Indian journal of veterinary science and animal husbandry - Volume 11,
Year: 1941
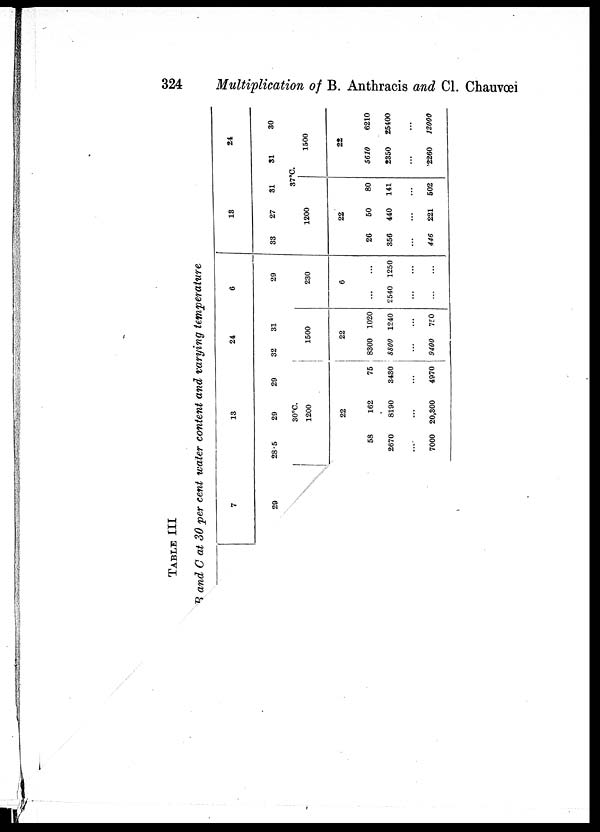
324
Multiplication of B. Anthracis and Cl. Chauvœi
TABLE III
B and C at 30 per cent water content and varying temperature
7
29
13
28.5
29
29
30°C.
1200
22
58
2670
...
7000
162
8190
...
20,300
75
3430
...
4970
24
32
31
1500
22
8300
8800
...
9400
1020
1240
...
750
6
29
230
6
...
2540
...
...
...
1250
...
...
13
33
27
31
24
31
30
37°C.
1200
22
26
356
...
446
50
440
...
221
80
141
...
502
1500
22
5610
2350
...
2260
6210
25400
...
12000